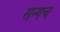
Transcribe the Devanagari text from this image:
सन्गच